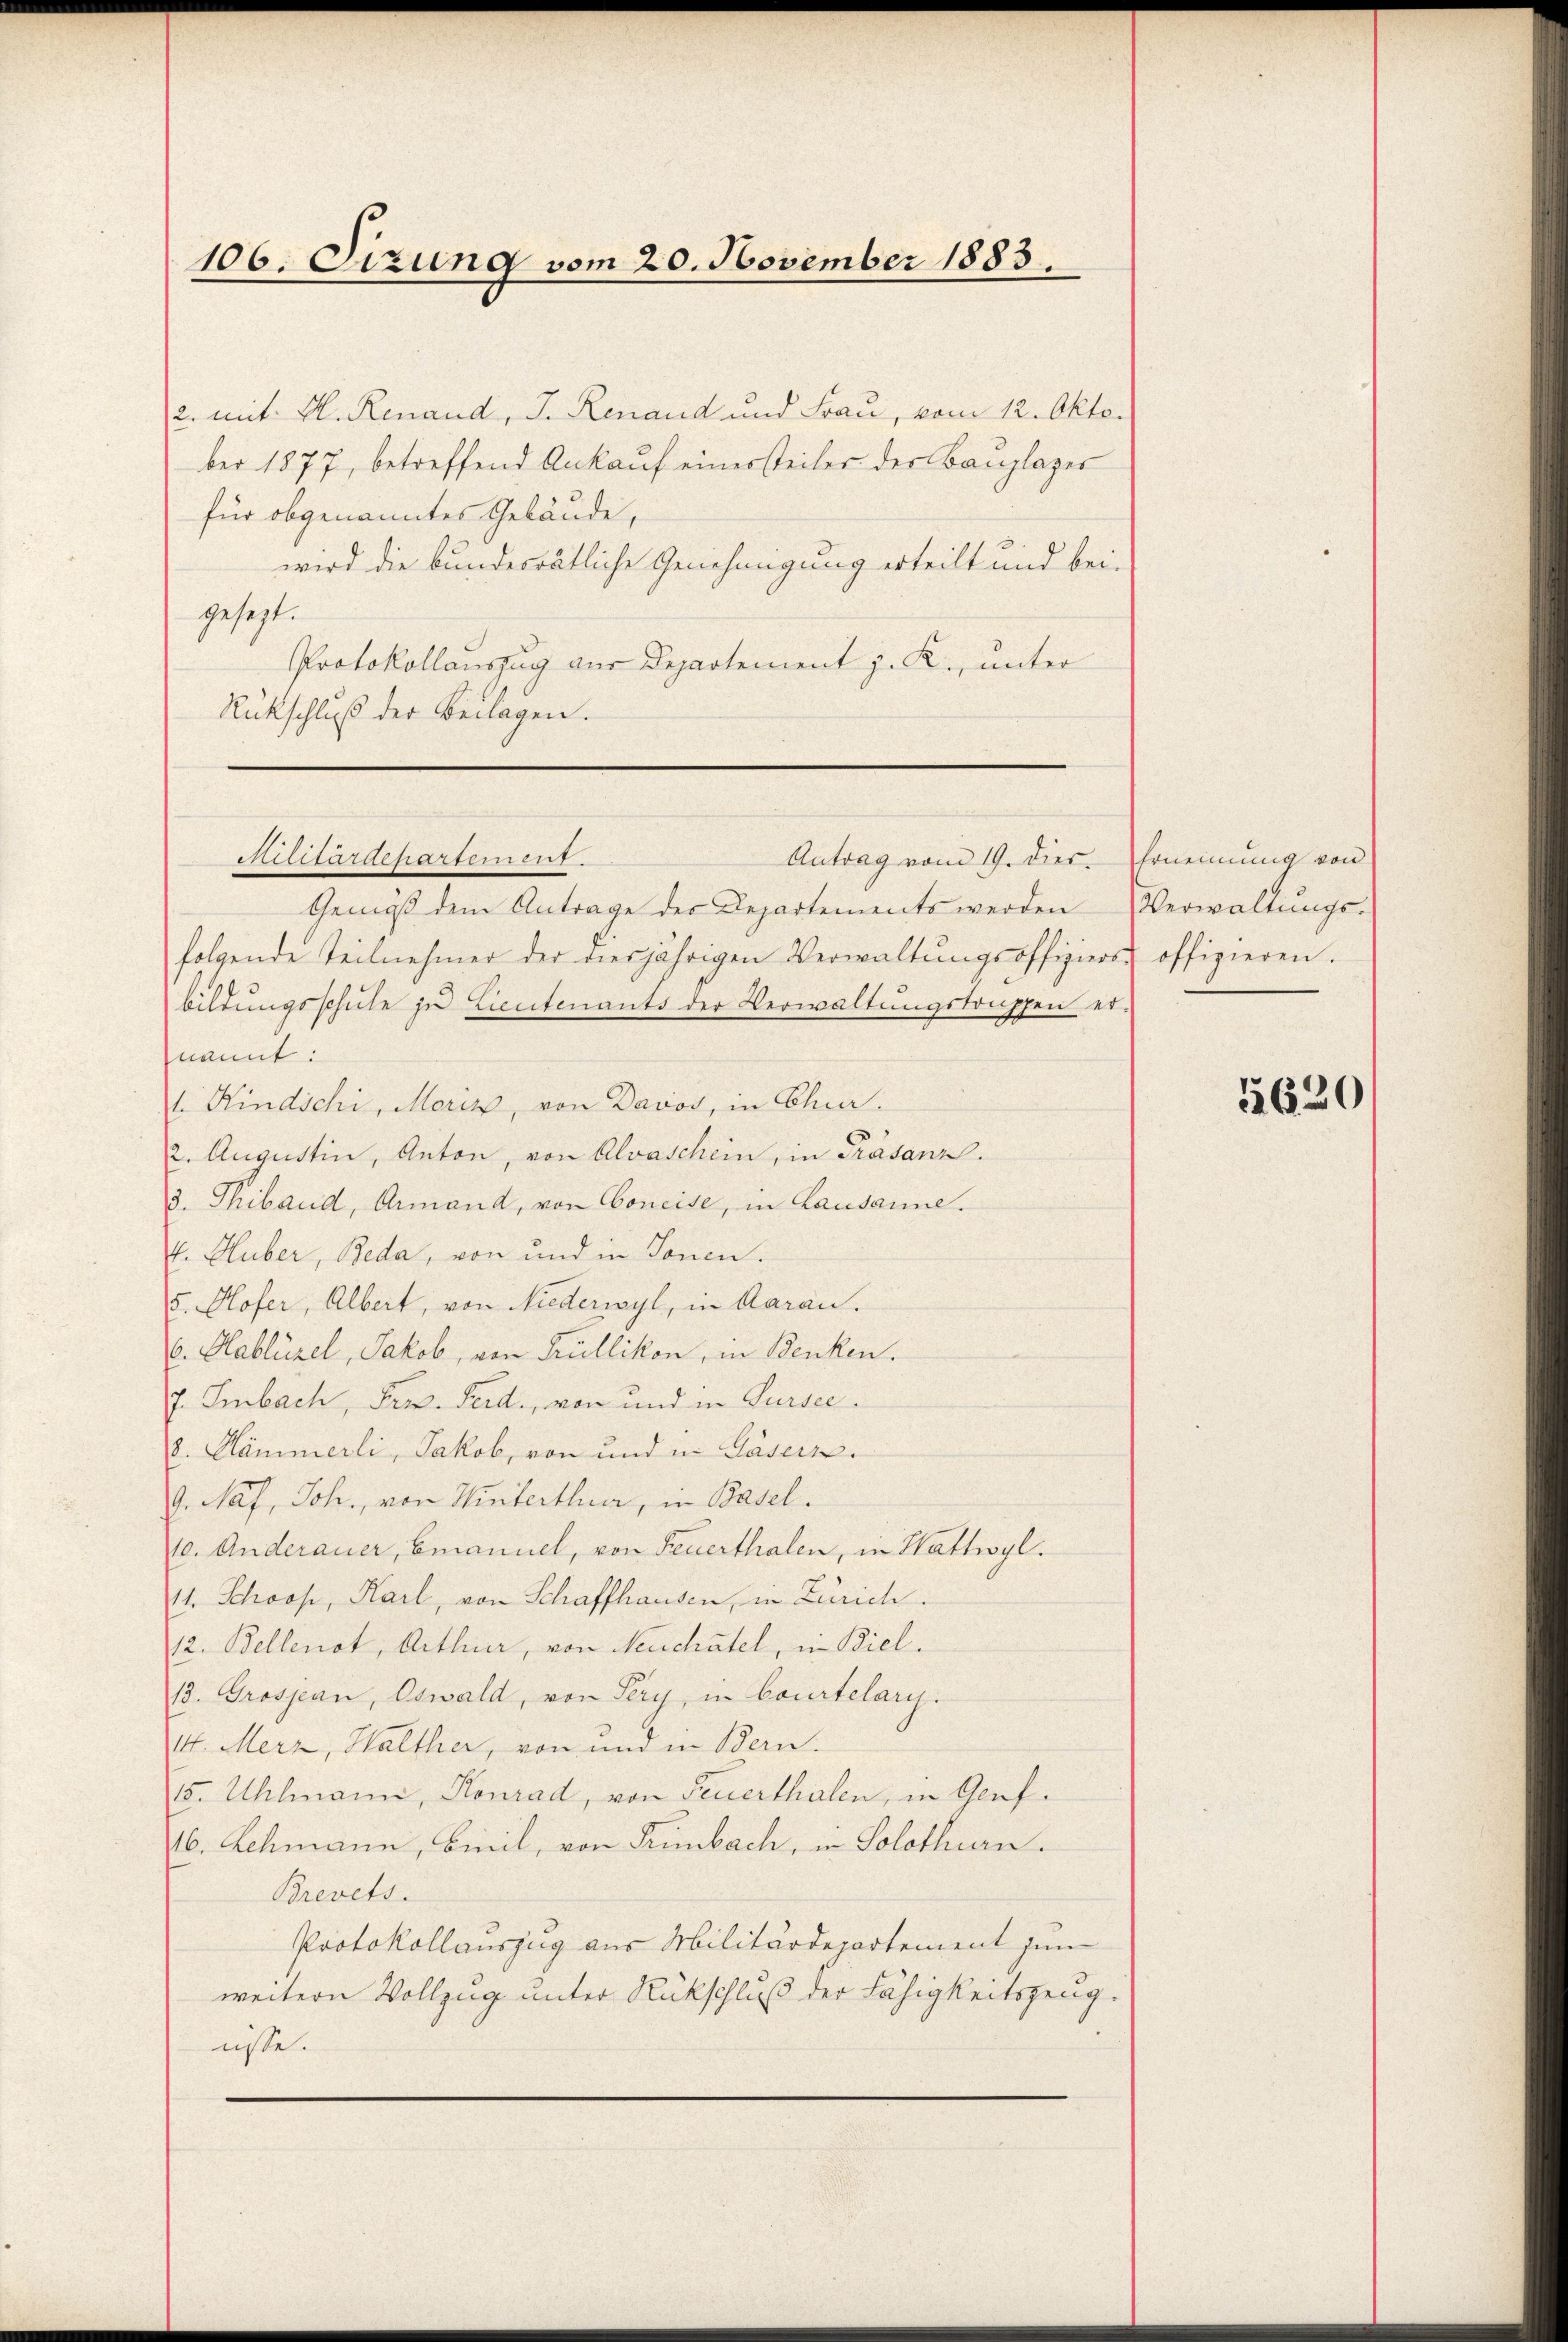
106. Sizung vom 20. November 1883.

2. mit M. Renaud, J. Renaud und Frau, vom 12. Oktober 1877, betreffend Ankauf einersteiler der Bauplazer
für obgenanntes Gebäude,
wird die bundesrätliche Genehmigung erteilt und bei-
gesezt.
Protokollauszug aus Departement z. R., unter
Rückschluß der Beilagen.

Militärdepartement.
Antrag vom 19. Dies.

Gemäß dem Antrage des Departements werden
folgende Teilnehmer der diesjährigen Verwaltŭngsoffiziers offizieren.
bildungsschule zu Lieutenants der Verwaltungstruppen er-
nannt:
1. Kindschi, Moris, von Davos, in Chur.
2. Augustin, Anton, von Alvaschein, in Präsanz.
3. Thibaud, Armand, von Concise, in Lausanne.
f. Huber, Beda, von und in Tonen.
5. Hofer, Albert, von Niederwyl, in Aarau.
v. Hablüzel, Jakob, von Trüllikon, in Benken.
J. Embach, Pers. Ferd., von und in Sursee¬
8. Kämmerli, Jakob, von und in Kasern.
G. Näf, Joh., von Winterthur, in Basel.
10. Anderauer, Emanuel, von Feuerthalen, in Wattwyl.
11. Schoos, Karl, von Schaffhausen, in Zürich.
12. Bellenot, Arthur, von Neuchâtel, in Biel.
13. Grosjan, Oswald, von Sery, in Courtelary.
4. Merz, Walther, von und in Bern.
15. Uhlmann, Konrad, von Feuerthalen, in Genf.
46. Lehmann, Breil, von Primbach, in Solothurn.
Brevets.
Protokollauszug aus Militärdepartement zun
weitern Vollzug unter Rückschluß der Fähigkeitszeugnisse.

Ernennung von
Verwaltungs-

5620